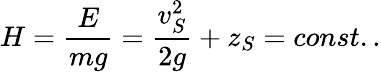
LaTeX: H=\frac{E}{mg}=\frac{v_{S}^{2}}{2g}+z_{S}=const..